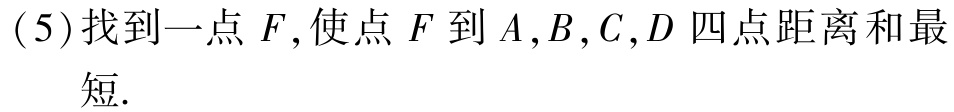
(5)找到一点 \(F\),使点 \(F\) 到 \(A,B,C,D\) 四点距离和最短.